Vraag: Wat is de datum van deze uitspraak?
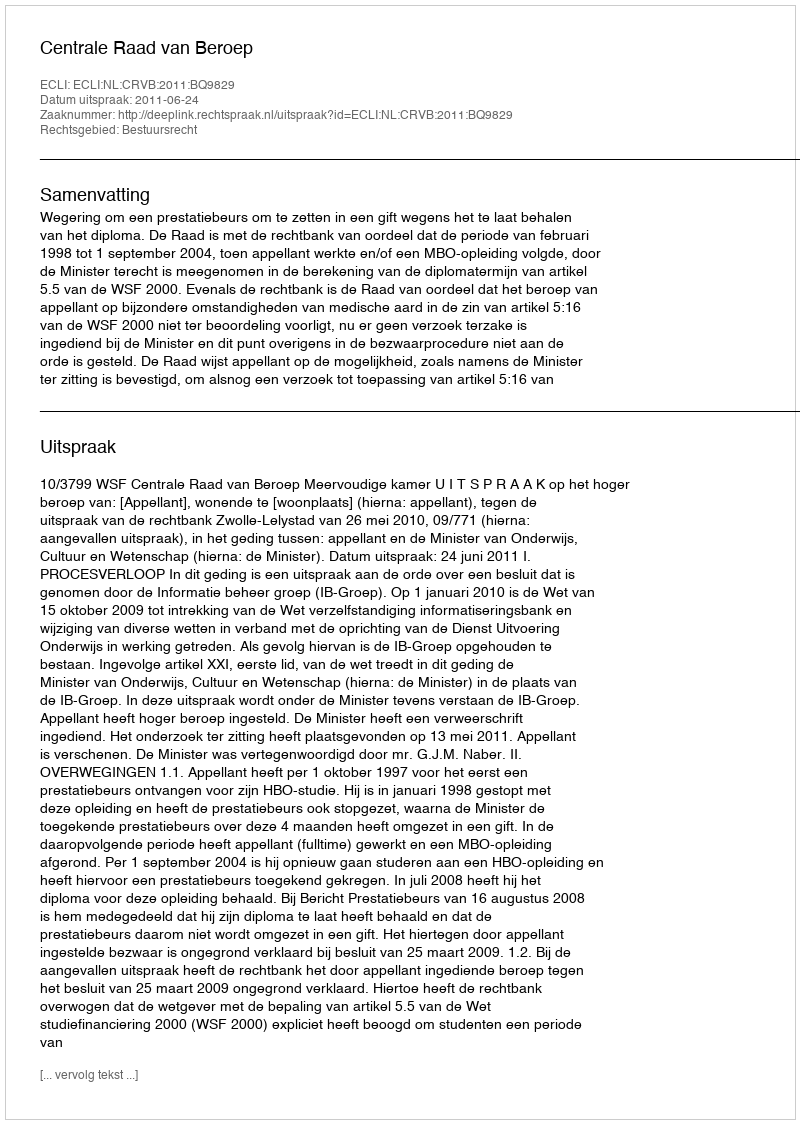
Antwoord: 2011-06-24